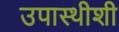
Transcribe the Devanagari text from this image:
उपास्थीशी